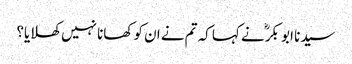
سیدنا ابو بکرؓ نے کہا کہ تم نے ان کو کھانا نہیں کھلایا؟